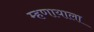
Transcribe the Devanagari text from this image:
म्हणायाला